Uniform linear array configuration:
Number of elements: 24
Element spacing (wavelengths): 0.25
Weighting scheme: kaiser
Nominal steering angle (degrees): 0
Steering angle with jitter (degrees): -1.607
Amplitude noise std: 0.05
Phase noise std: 0.05

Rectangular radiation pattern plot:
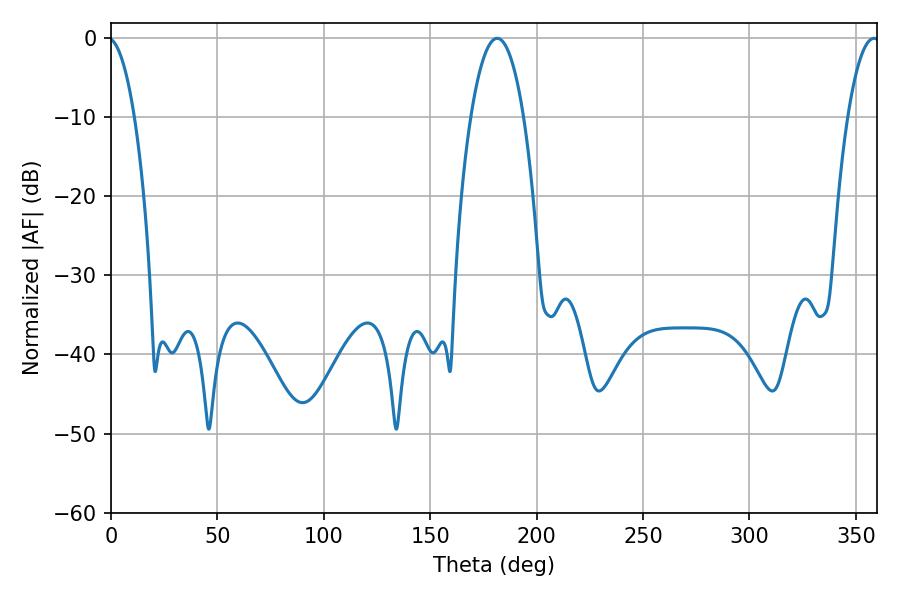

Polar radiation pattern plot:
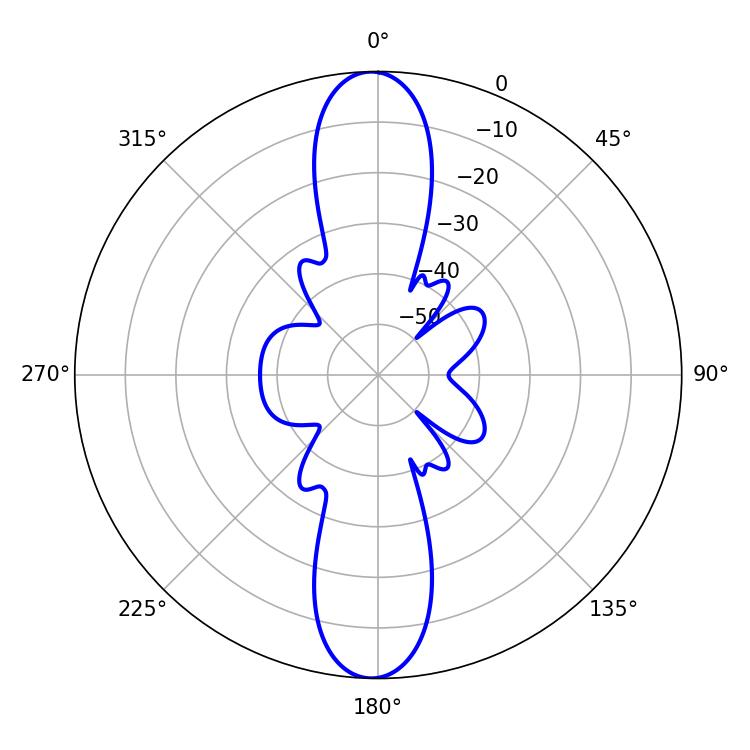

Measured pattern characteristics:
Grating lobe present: FALSE
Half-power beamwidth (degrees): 13.68
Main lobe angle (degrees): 181.44